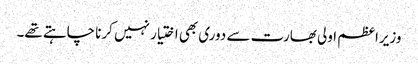
وزیراعظم اولی بھارت سے دوری بھی اختیار نہیں کرنا چاہتے تھے۔